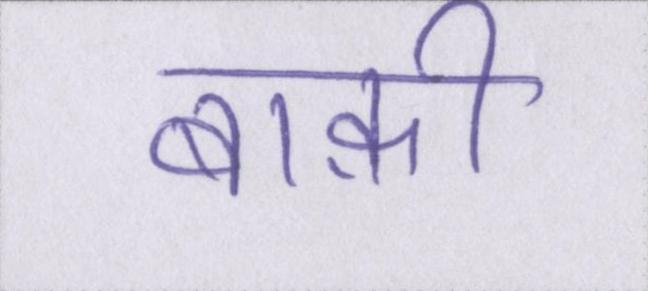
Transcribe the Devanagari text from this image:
बाक़ी